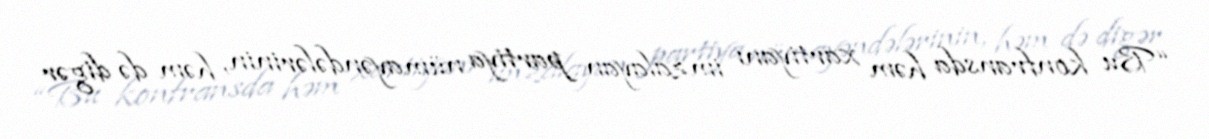
“Bu konfransda həm xartiyanı imzalayan partiya nümayəndələrinin, həm də digər